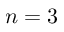
n = 3